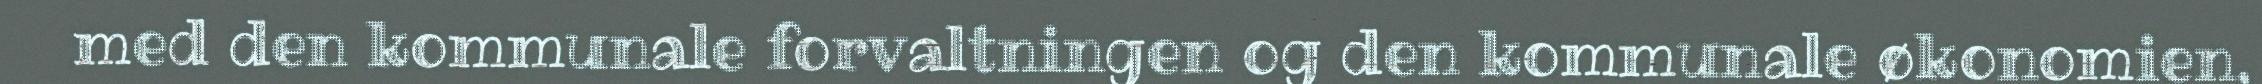
med den kommunale forvaltningen og den kommunale økonomien,